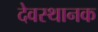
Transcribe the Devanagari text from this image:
देवस्थानक